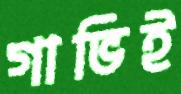
গাভিই